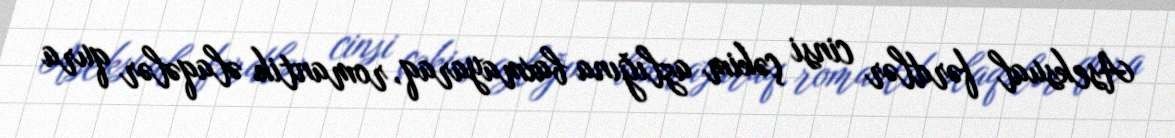
Aseksual fərdlər cinsi çəkim azlığına baxmayaraq, romantik əlaqələr qura